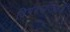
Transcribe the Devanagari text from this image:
दिगंबरपंतांकडे